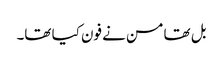
بل تھامسن نے فون کیا تھا۔